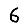
Digit: 6